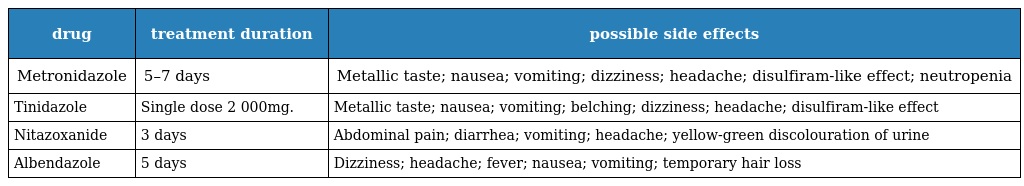
| drug | treatment duration | possible side effects |
 | --- | --- | --- |
 | Metronidazole | 5–7 days | Metallic taste; nausea; vomiting; dizziness; headache; disulfiram-like effect; neutropenia |
 | Tinidazole | Single dose 2 000mg. | Metallic taste; nausea; vomiting; belching; dizziness; headache; disulfiram-like effect |
 | Nitazoxanide | 3 days | Abdominal pain; diarrhea; vomiting; headache; yellow-green discolouration of urine |
 | Albendazole | 5 days | Dizziness; headache; fever; nausea; vomiting; temporary hair loss |